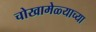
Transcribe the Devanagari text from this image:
चोखामेळ्याच्या